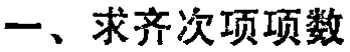
一、求齐次项项数